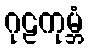
ဂုဠကုမ္ဘံ